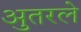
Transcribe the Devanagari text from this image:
अुतरले